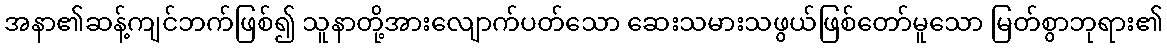
အနာ၏ဆန့်ကျင်ဘက်ဖြစ်၍ သူနာတို့အားလျောက်ပတ်သော ဆေးသမားသဖွယ်ဖြစ်တော်မူသော မြတ်စွာဘုရား၏